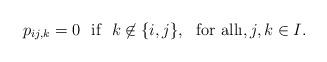
LaTeX: \begin{align*}p_{ij,k}=0 \ \ \mbox{if} \ \ k\not\in \{i,j\}, \ \ \textrm{for all}\i,j,k\in I.\end{align*}